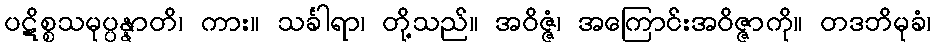
ပဋိစ္စသမုပ္ပန္နာတိ၊ ကား။ သင်္ခါရာ၊ တို့သည်။ အဝိဇ္ဇံ၊ အကြောင်းအဝိဇ္ဇာကို။ တဒဘိမုခံ၊